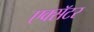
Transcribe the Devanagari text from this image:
एक्सॅटर